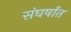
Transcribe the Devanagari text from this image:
संघर्षांत